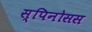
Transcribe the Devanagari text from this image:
स्पिनोसस